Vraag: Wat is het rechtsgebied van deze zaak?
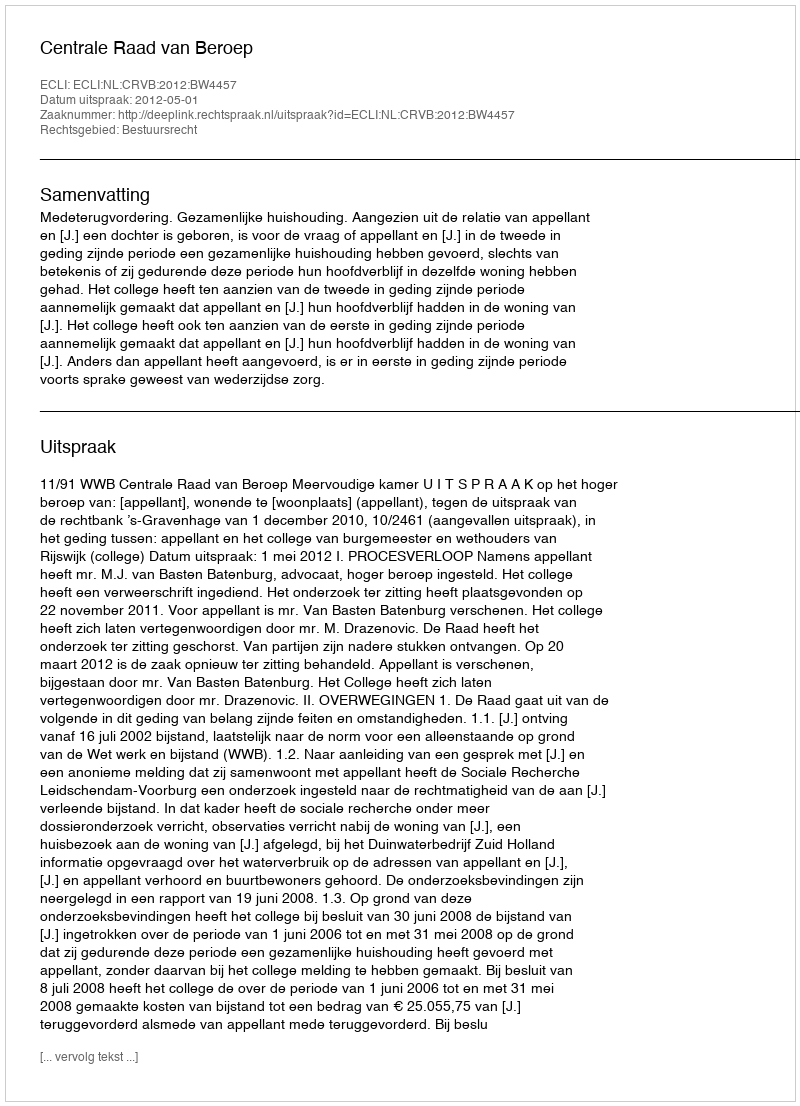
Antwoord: Bestuursrecht